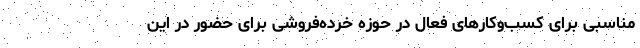
مناسبی برای کسب‌وکارهای فعال در حوزه خرده‌فروشی برای حضور در این